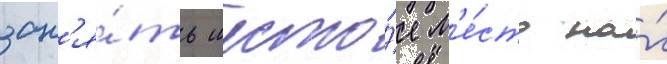
зан'я́ть шесто́е м'е́сто на́